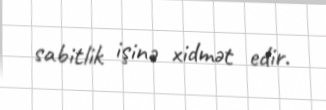
sabitlik işinə xidmət edir.